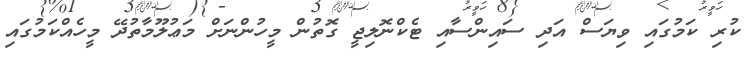
ކުރި ކަމުގައި ވިޔަސް އަދި ސައިންސާއި ޓެކްނޮލިޖީ ގޮތުން މީހުންނަށް މަޢުލޫމާތުދޭ މީހެއްކަމުގައި